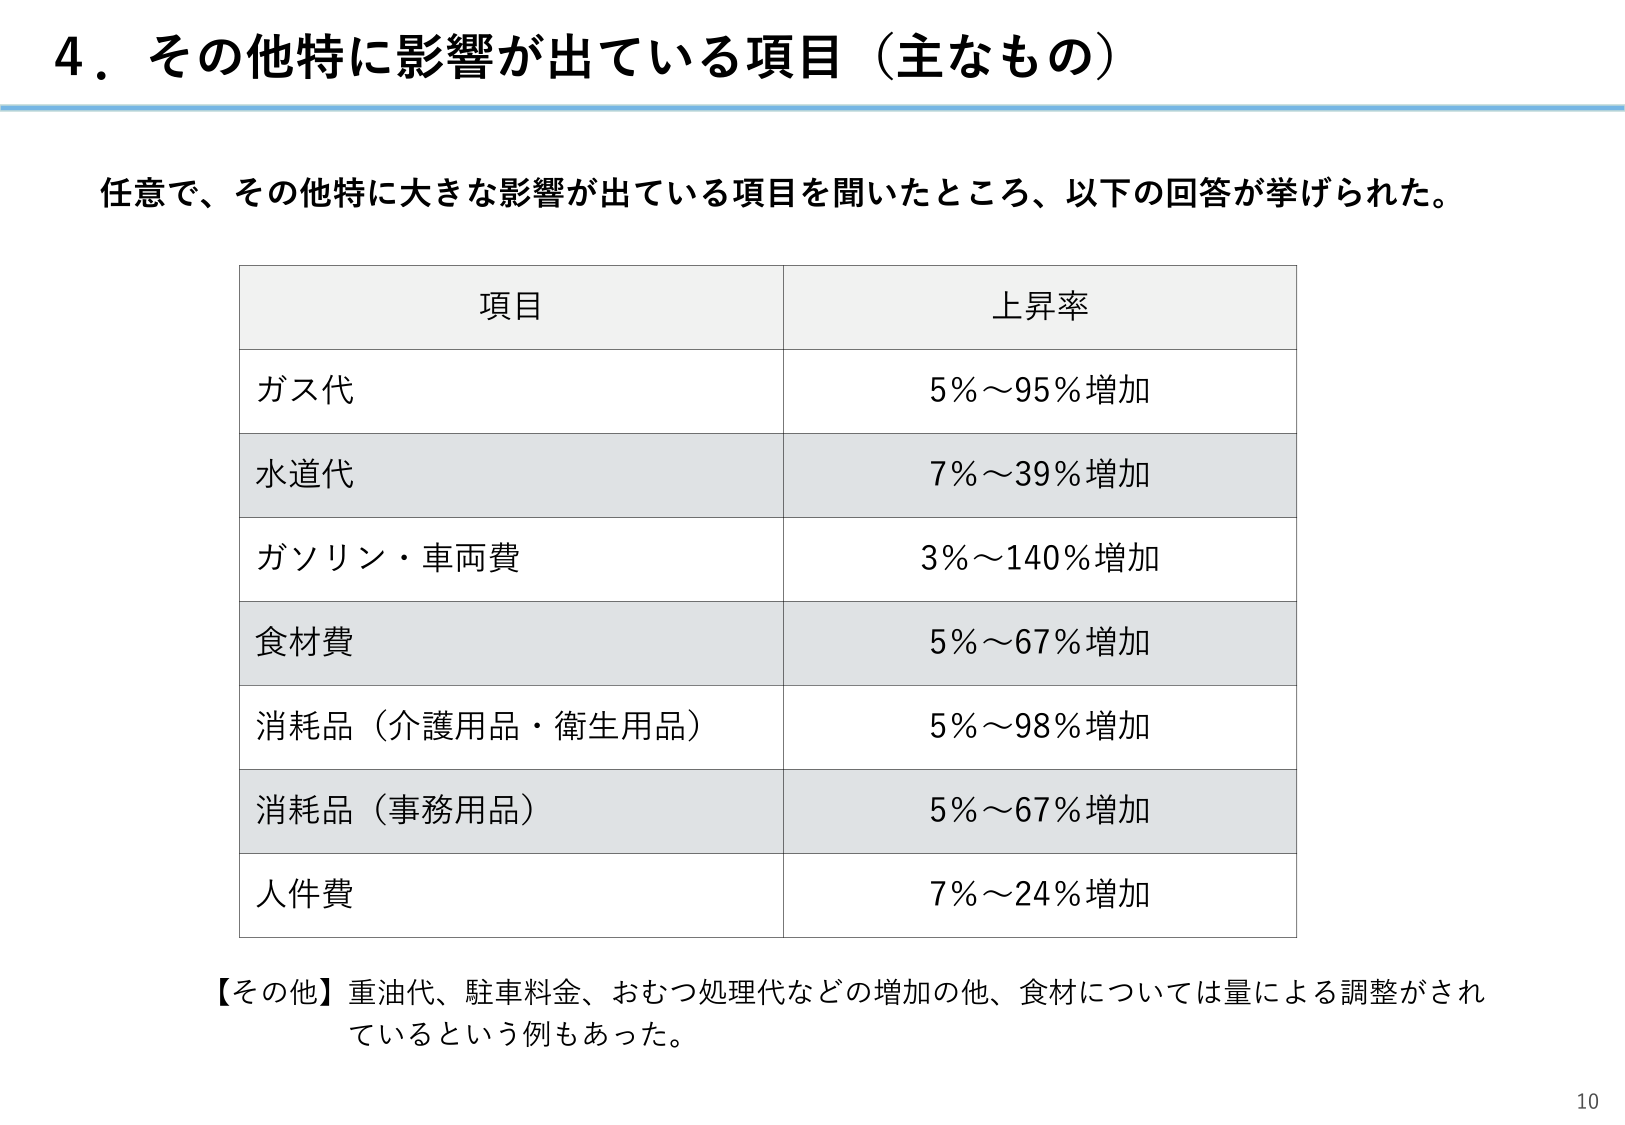
4．その他特に影響が出ている項目（主なもの）

任意で、その他特に大きな影響が出ている項目を聞いたところ、以下の回答が挙げられた。

項目　　　　　　　　　　　　　上昇率
ガス代　　　　　　　　　　　　5％～95％増加
水道代　　　　　　　　　　　　7％～39％増加
ガソリン・車両費　　　　　　　3％～140％増加
食材費　　　　　　　　　　　　5％～67％増加
消耗品（介護用品・衛生用品）　5％～98％増加
消耗品（事務用品）　　　　　　5％～67％増加
人件費　　　　　　　　　　　　7％～24％増加

【その他】重油代、駐車料金、おむつ処理代などの増加の他、食材については量による調整がされているという例もあった。

10